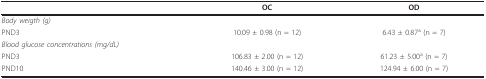
<table><thead><tr><td></td><td><b>OC</b></td><td><b>OD</b></td></tr></thead><tbody><tr><td><i>Body weigth (g)</i></td><td></td><td></td></tr><tr><td>PND3</td><td>10.09 ± 0.98 (n = 12)</td><td>6.43 ± 0.87<sup>a </sup>(n = 7)</td></tr><tr><td><i>Blood glucose concentrations (mg/dL)</i></td><td></td><td></td></tr><tr><td>PND3</td><td>106.83 ± 2.00 (n = 12)</td><td>61.23 ± 5.00<sup>a </sup>(n = 7)</td></tr><tr><td>PND10</td><td>140.46 ± 3.00 (n = 12)</td><td>124.94 ± 6.00 (n = 7)</td></tr></tbody></table>